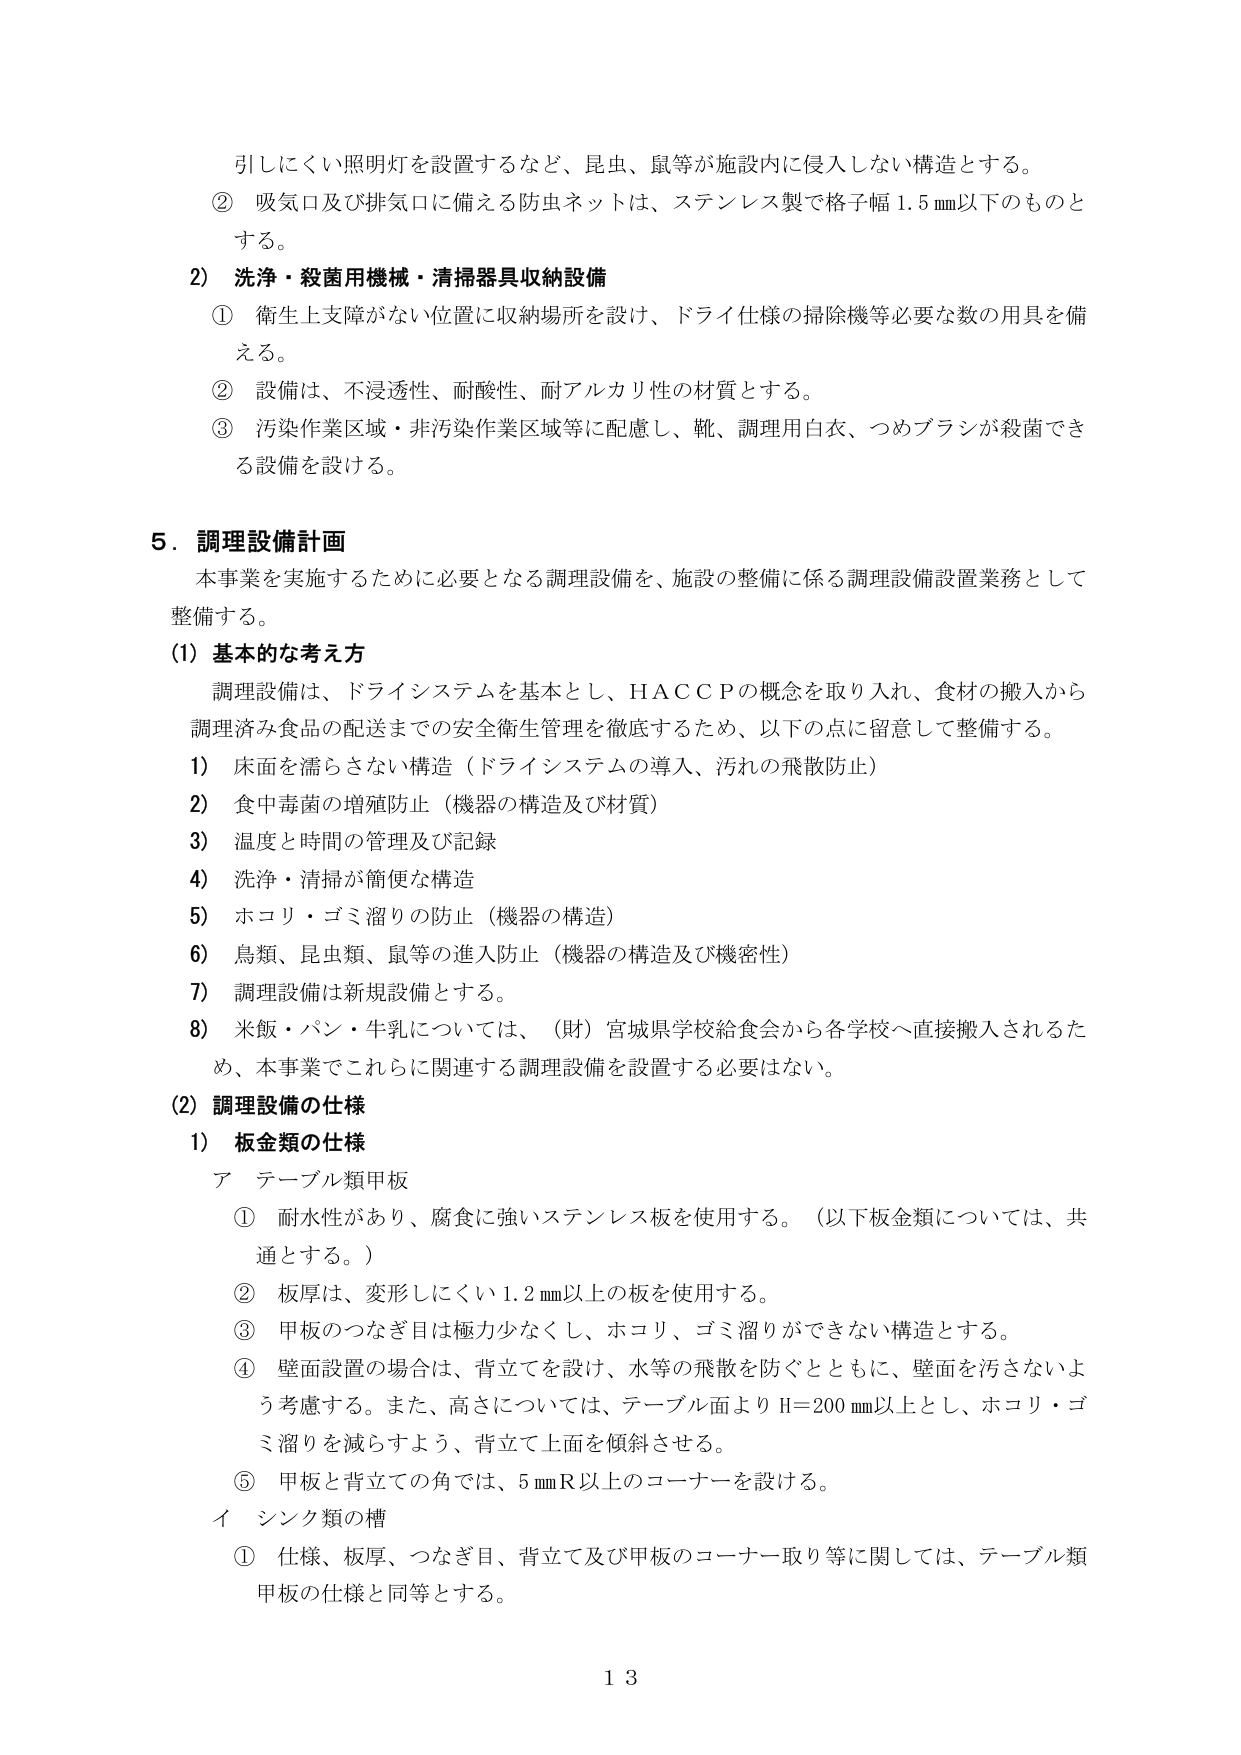
引しにくい照明灯を設置するなど、昆虫、鼠等が施設内に侵入しない構造とする。
② 吸気口及び排気口に備える防虫ネットは、ステンレス製で格子幅1.5 mm以下のものとする。
2) 洗浄・殺菌用機械・清掃器具収納設備
① 衛生上支障がない位置に収納場所を設け、ドライ仕様の掃除機等必要な数の用具を備える。
② 設備は、不浸透性、耐酸性、耐アルカリ性の材質とする。
③ 汚染作業区域・非汚染作業区域等に配慮し、靴、調理用白衣、つめブラシが殺菌できる設備を設ける。

5. 調理設備計画
本事業を実施するために必要となる調理設備を、施設の整備に係る調理設備設置業務として整備する。
(1) 基本的な考え方
調理設備は、ドライシステムを基本とし、HACCPの概念を取り入れ、食材の搬入から調理済み食品の配送までの安全衛生管理を徹底するため、以下の点に留意して整備する。
1) 床面を濡らさない構造（ドライシステムの導入、汚れの飛散防止）
2) 食中毒菌の増殖防止（機器の構造及び材質）
3) 温度と時間の管理及び記録
4) 洗浄・清掃が簡便な構造
5) ホコリ・ゴミ溜りの防止（機器の構造）
6) 鳥類、昆虫類、鼠等の進入防止（機器の構造及び機密性）
7) 調理設備は新規設備とする。
8) 米飯・パン・牛乳については、（財）宮城県学校給食会から各学校へ直接搬入されるため、本事業でこれらに関連する調理設備を設置する必要はない。
(2) 調理設備の仕様
1) 板金類の仕様
ア テーブル類甲板
① 耐水性があり、腐食に強いステンレス板を使用する。（以下板金類については、共通とする。）
② 板厚は、変形しにくい1.2 mm以上の板を使用する。
③ 甲板のつなぎ目は極力少なくし、ホコリ、ゴミ溜りができない構造とする。
④ 壁面設置の場合は、背立てを設け、水等の飛散を防ぐとともに、壁面を汚さないよう考慮する。また、高さについては、テーブル面よりH=200 mm以上とし、ホコリ・ゴミ溜りを減らすよう、背立て上面を傾斜させる。
⑤ 甲板と背立ての角では、5 mmR以上のコーナーを設ける。
イ シンク類の槽
① 仕様、板厚、つなぎ目、背立て及び甲板のコーナー取り等に関しては、テーブル類甲板の仕様と同等とする。

13